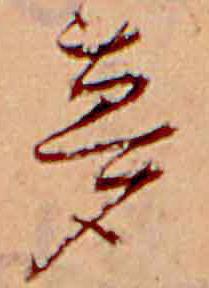
夢